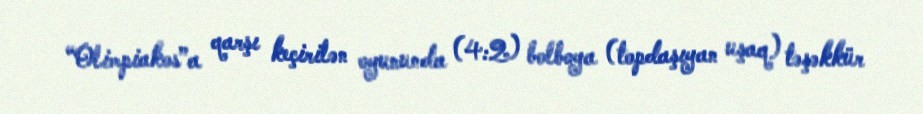
“Olimpiakos”a qarşı keçirilən oyununda (4:2) bolboya (topdaşıyan uşaq) təşəkkür